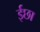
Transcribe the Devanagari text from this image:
ईछा